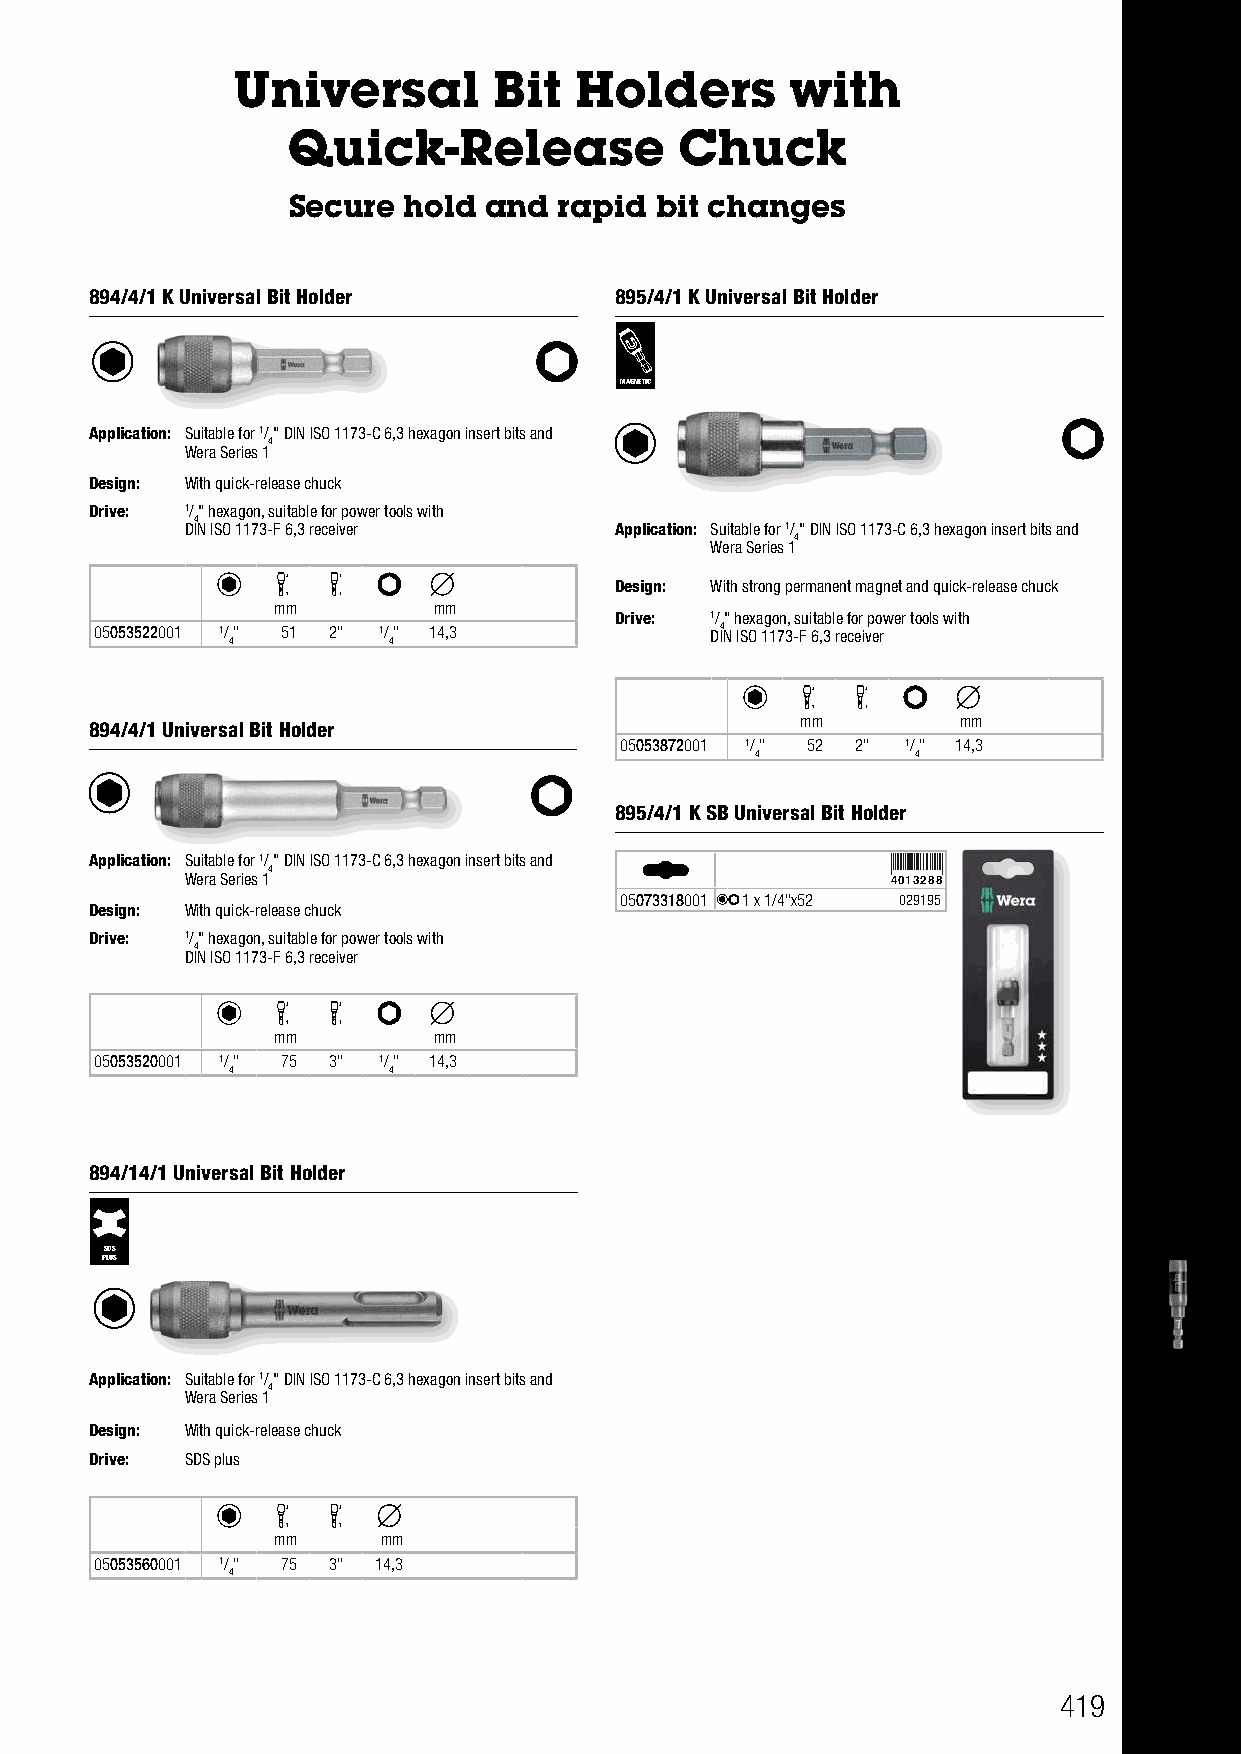
Universal         Bit  Holders       with
 Quick-Release             Chuck
 Secure  hold and  rapid bit changes
 894/4/1 K Universal Bit Holder     895/4/1 K Universal Bit Holder
 MAGNETIC
 Application: Suitable for 1/" DIN ISO 1173-C 6,3 hexagon insert bits and
 4
 Wera Series 1
 Design: With quick-release chuck
 Drive: 1/" hexagon, suitable for power tools with
 4
 DIN ISO 1173-F 6,3 receiver  Application: Suitable for 1/" DIN ISO 1173-C 6,3 hexagon insert bits and
 4
 Wera Series 1
 Design: With strong permanent magnet and quick-release chuck
 mm         mm
 Drive: 1/" hexagon, suitable for power tools with
 05053522001 1/" 51 2" 1/" 14,3           DI4 N ISO 1173-F 6,3 receiver
 4          4
 mm        mm
 894/4/1 Universal Bit Holder
 05053872001 1/" 52 2" 1/" 14,3
 4          4
 895/4/1 K SB Universal Bit Holder
 Application: Suitable for 1/" DIN ISO 1173-C 6,3 hexagon insert bits and
 4
 Wera Series 1
 4013288
 05073318001 1 x 1/4"x52 029195
 Design: With quick-release chuck
 Drive: 1/" hexagon, suitable for power tools with
 4
 DIN ISO 1173-F 6,3 receiver
 mm         mm
 05053520001 1/" 75 3" 1/" 14,3
 4          4
 894/14/1 Universal Bit Holder
 SDS
 PLUS
 Application: Suitable for 1/" DIN ISO 1173-C 6,3 hexagon insert bits and
 4
 Wera Series 1
 Design: With quick-release chuck
 Drive: SDS plus
 mm     mm
 05053560001 1/" 75 3" 14,3
 4
 419